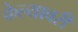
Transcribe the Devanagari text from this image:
केल्यावरी